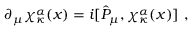
\partial _ { \mu } \chi _ { \kappa } ^ { \alpha } ( x ) = i [ \hat { P } _ { \mu } , \chi _ { \kappa } ^ { \alpha } ( x ) ] \, \, ,